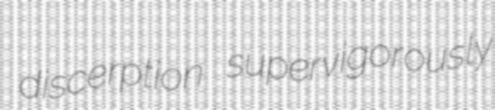
discerption supervigorously